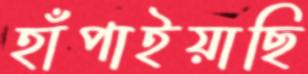
হাঁপাইয়াছি